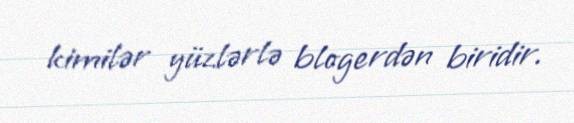
kimilər yüzlərlə blogerdən biridir.